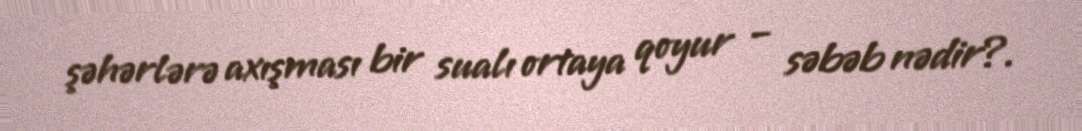
şəhərlərə axışması bir sualı ortaya qoyur – səbəb nədir?.